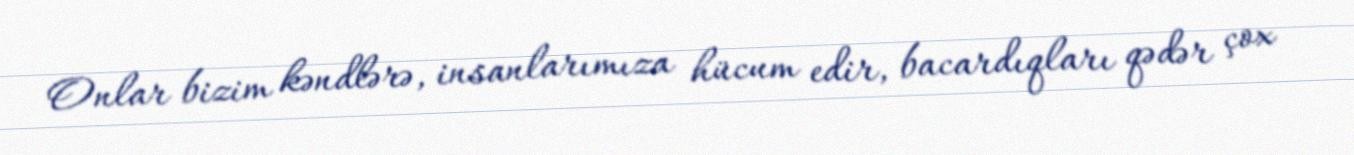
Onlar bizim kəndlərə, insanlarımıza hücum edir, bacardıqları qədər çox